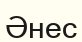
Әнес